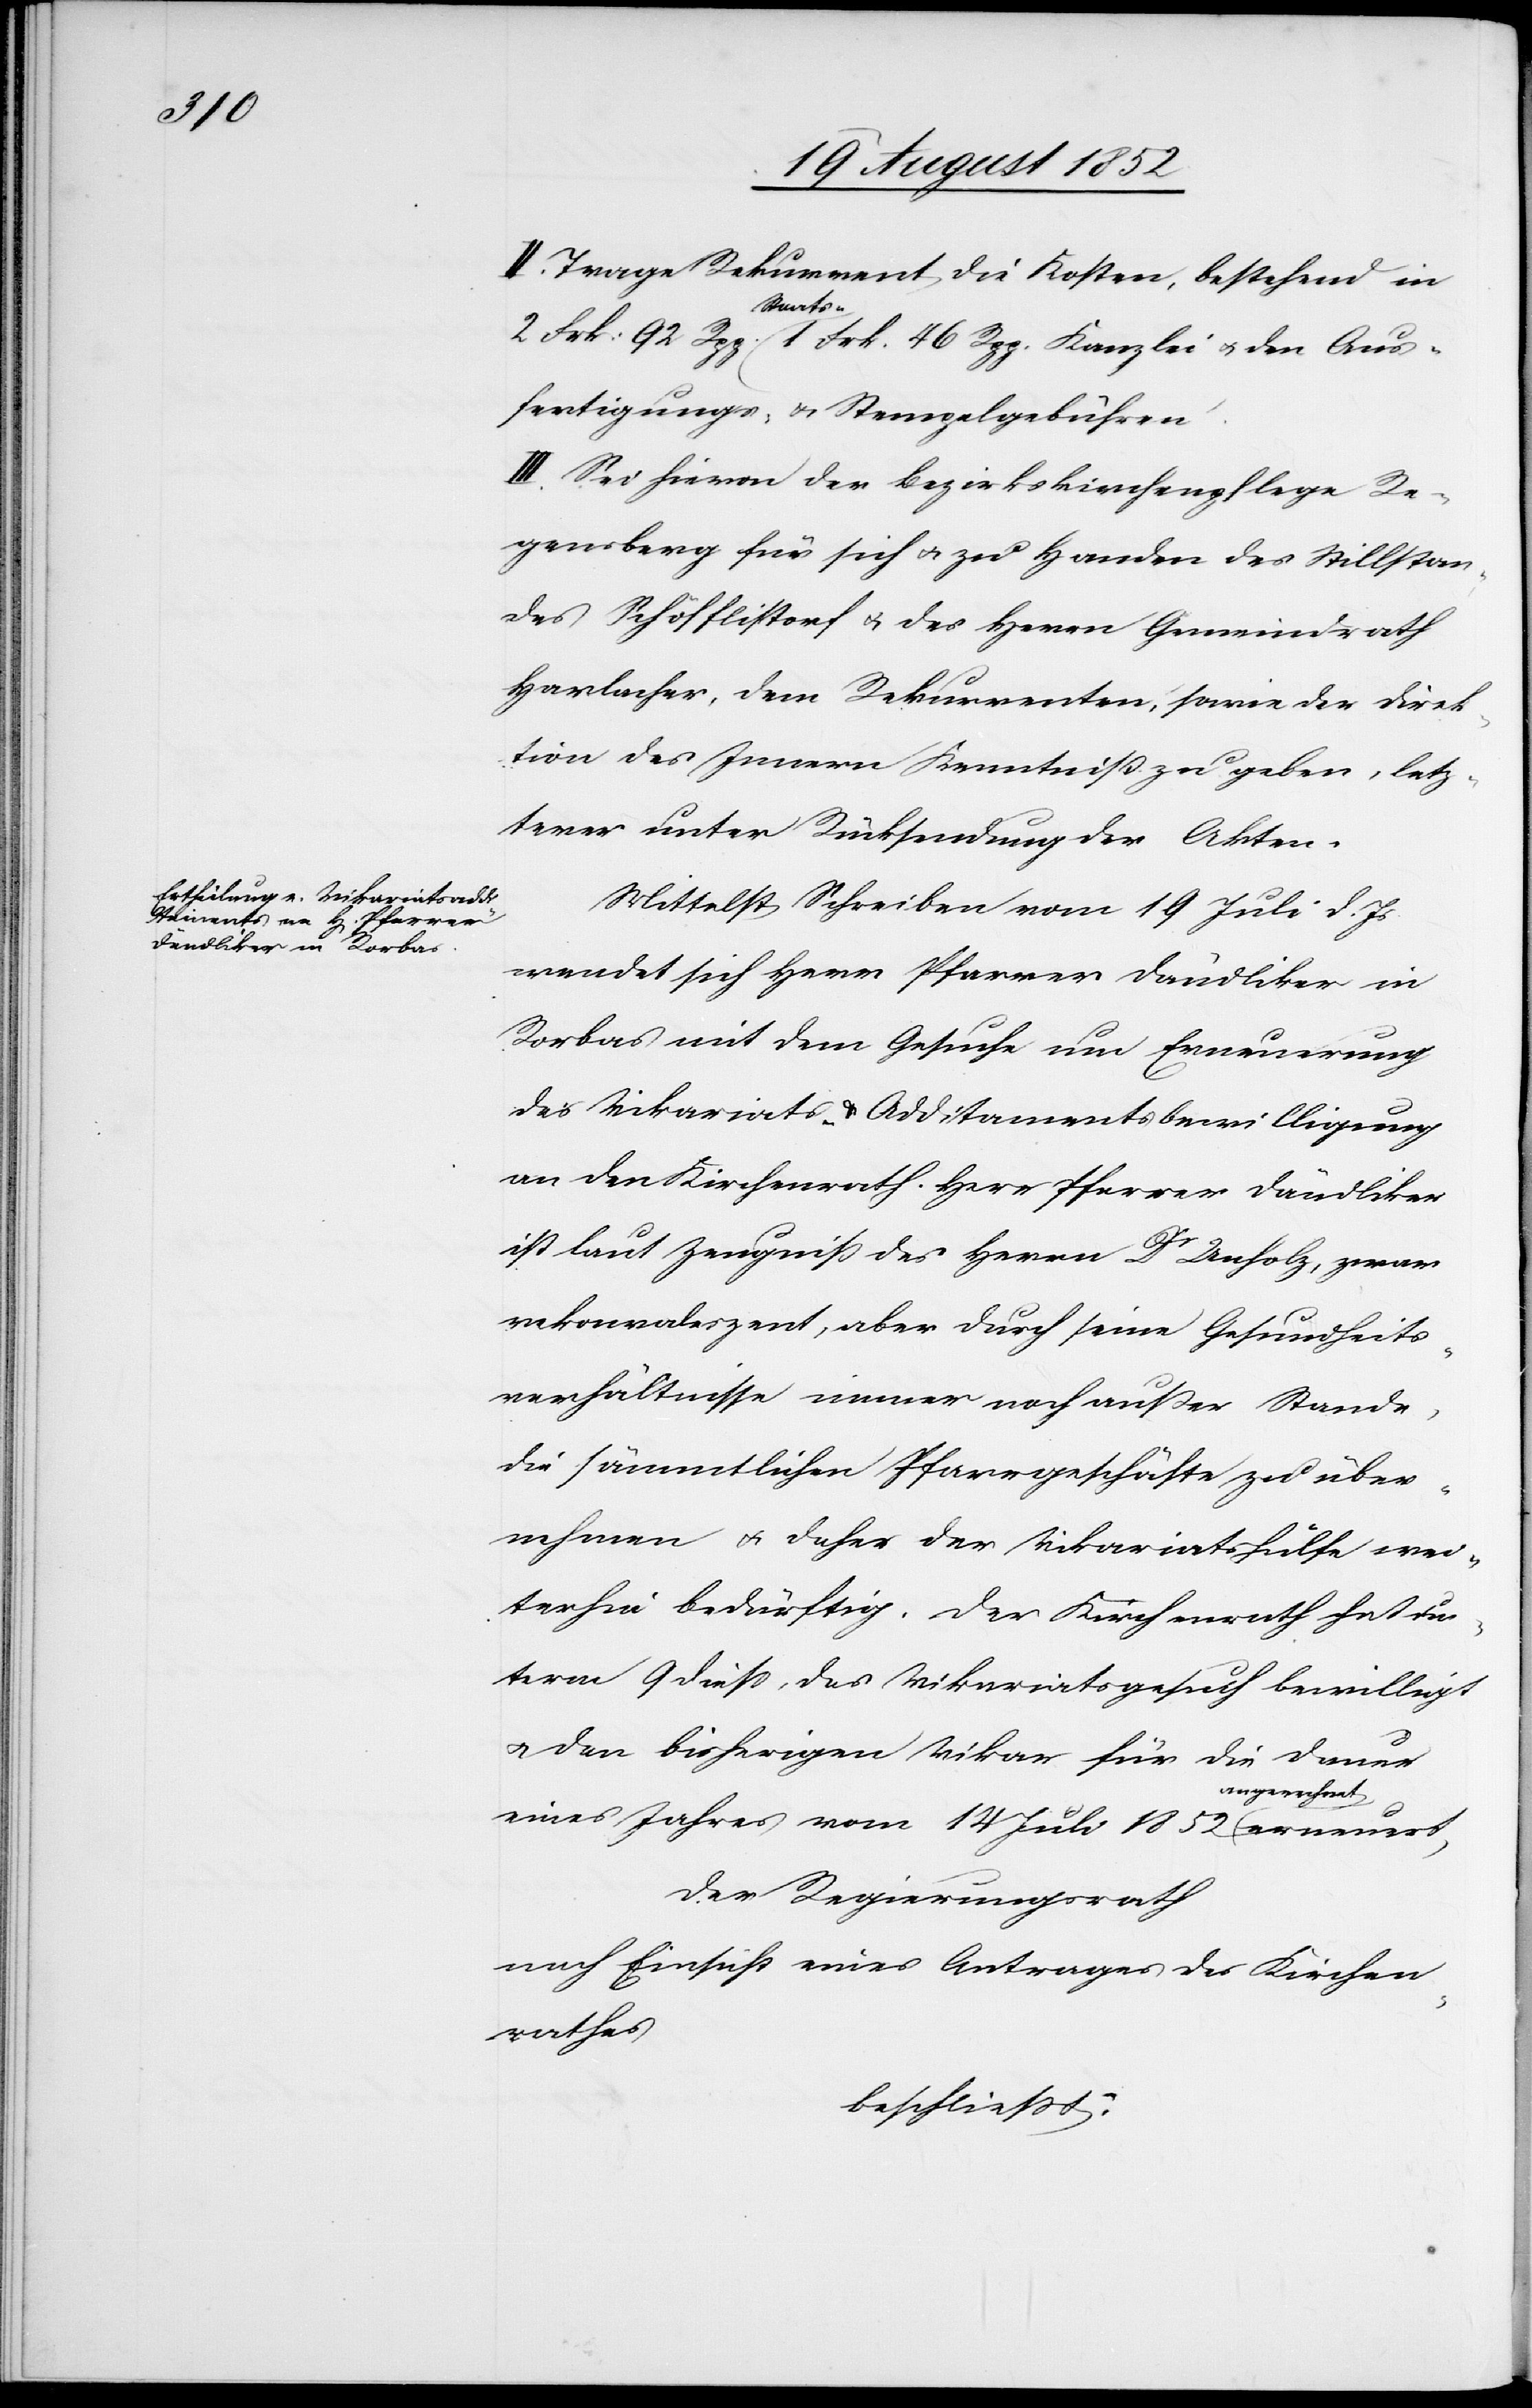
II. Trage Rekurrent die Kosten, bestehend in
2 Frk: 92 Rpp. Staats-[,] 1 Frk. 46 Rpp. Kanzlei[-] & den Aus¬
fertigungs- & Stempelgebühren.
III. Sei hievon der Bezirkskirchenpflege Re¬
gensberg für sich & zu Handen des Stillstan¬
des Schöfflistorf & des Herrn Gemeindrath
Harlacher, dem Rekurrenten, sowie der Direk¬
tion des Innern Kenntniß zu geben, letz¬
terer unter Rücksendung der Akten.
Mittelst Schreiben vom 19 Juli d. Js
wendet sich Herr Pfarrer Dändliker in
Rorbas mit dem Gesuche um Erneuerung
des Vikariats & Additamentsbewilligung
an den Kirchenrath. Herr Pfarrer Dändliker
ist laut Zeugniß des Herrn Dr Unholz, zwar
rekonvaleszent, aber durch seine Gesundheits¬
verhältnisse immer noch außer Stande,
die sämmtlichen Pfarrgeschäfte zu über¬
nehmen & daher der Vikariatshülfe wei¬
terhin bedürftig. Der Kirchenrath hat un¬
term 9 diess, das Vikariatsgesuch bewilligt
& den bisherigen Vikar für die Dauer
eines Jahres vom 14 Juli 1852 angerechnet
Der Regierungsrath
nach Einsicht eines Antrages des Kirchen¬
rathes
beschließt: